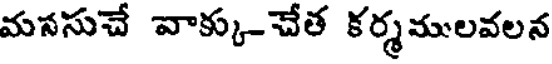
మనసుచే వాక్కు-చేత కర్మములవలన